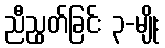
ညီညွတ်ခြင်း ၃-မျိုး